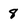
Character: 8